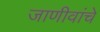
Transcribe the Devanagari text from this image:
जाणीवांचे